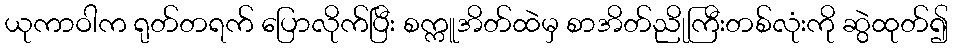
ယုကာဝါက ရုတ်တရက် ပြောလိုက်ပြီး စက္ကူအိတ်ထဲမှ စာအိတ်ညိုကြီးတစ်လုံးကို ဆွဲထုတ်၍